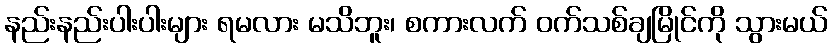
နည်းနည်းပါးပါးများ ရမလား မသိဘူး၊ စကားလက် ဝက်သစ်ချမြိုင်ကို သွားမယ်